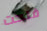
فتحت